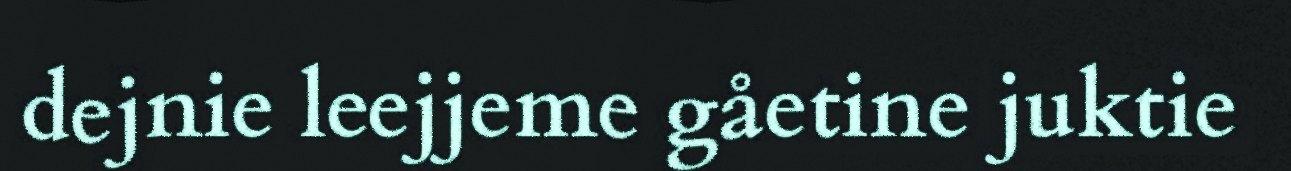
dejnie leejjeme gåetine juktie